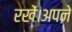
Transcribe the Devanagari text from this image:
रखें।अपने